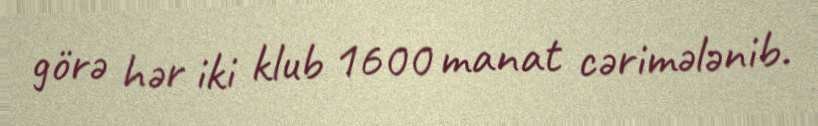
görə hər iki klub 1600 manat cərimələnib.